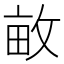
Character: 𮲕